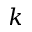
k